画像に写った文字を読んでください
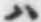
「ハ」と書いてあります